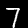
Digit: 7